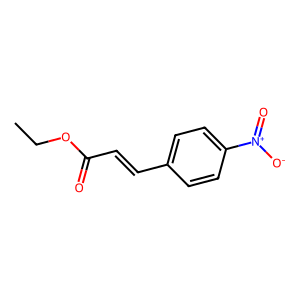
SMILES: CCOC(=O)C=Cc1ccc([N+](=O)[O-])cc1
Inhibits HIV replication: No